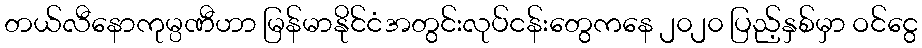
တယ်လီနောကုမ္ပဏီဟာ မြန်မာနိုင်ငံအတွင်းလုပ်ငန်းတွေကနေ ၂၀၂၀ ပြည့်နှစ်မှာ ဝင်ငွေ